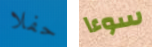
حفلا سوءا